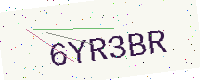
Text: 6YR3BR